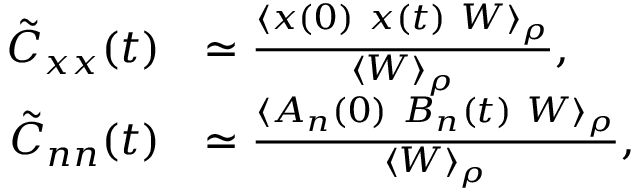
\begin{array} { r l } { \tilde { C } _ { x x } ( t ) } & { \simeq \frac { \langle x ( 0 ) \ x ( t ) \ W \rangle _ { \rho } } { \langle W \rangle _ { \rho } } \mathrm { , } } \\ { \tilde { C } _ { n n } ( t ) } & { \simeq \frac { \langle A _ { n } ( 0 ) \ B _ { n } ( t ) \ W \rangle _ { \rho } } { \langle W \rangle _ { \rho } } \mathrm { , } } \end{array}